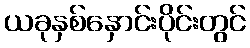
ယခုနှစ်နှောင်းပိုင်းတွင်